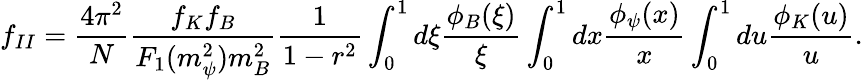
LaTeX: f_{II}=\frac{4\pi^{2}}{N}\frac{f_{K}f_{B}}{F_{1}(m_{\psi}^{2})m_{B}^{2}}\frac{1}{1-r^{2}}\int_{0}^{1}d\xi\frac{\phi_{B}(\xi)}{\xi}\int_{0}^{1}dx\frac{\phi_{\psi}(x)}{x}\int_{0}^{1}du\frac{\phi_{K}(u)}{u}.